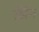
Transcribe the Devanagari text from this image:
झिग